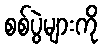
စစ်ပွဲများကို